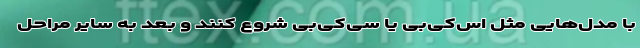
با مدل‌هایی مثل اس‌کی‌بی یا سی‌کی‌بی شروع کنند و بعد به سایر مراحل